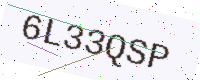
Text: 6L33QSP